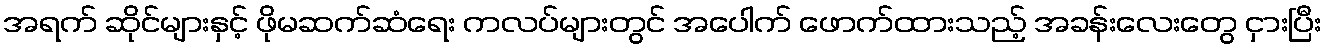
အရက် ဆိုင်များနှင့် ဖိုမဆက်ဆံရေး ကလပ်များတွင် အပေါက် ဖောက်ထားသည့် အခန်းလေးတွေ ငှားပြီး